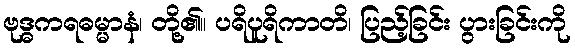
ဗုဒ္ဓကရဓမ္မာနံ၊ တို့၏။ ပရိပူရိကာတိ၊ ပြည့်ခြင်း ပွားခြင်းကို